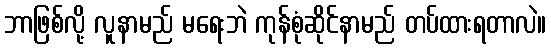
ဘာဖြစ်လို့ လူနာမည် မရေးဘဲ ကုန်စုံဆိုင်နာမည် တပ်ထားရတာလဲ။